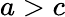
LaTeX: a>c